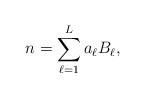
\begin{align*} n = \sum_{\ell=1}^L a_\ell B_\ell, \end{align*}